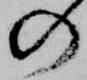
の